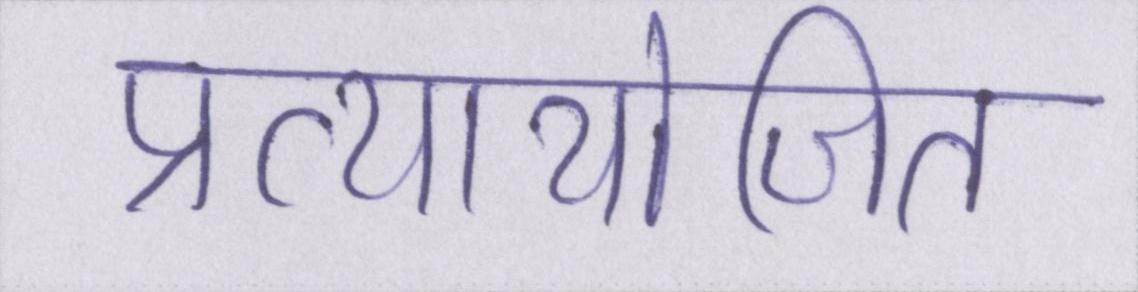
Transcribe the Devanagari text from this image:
प्रत्यायोजित